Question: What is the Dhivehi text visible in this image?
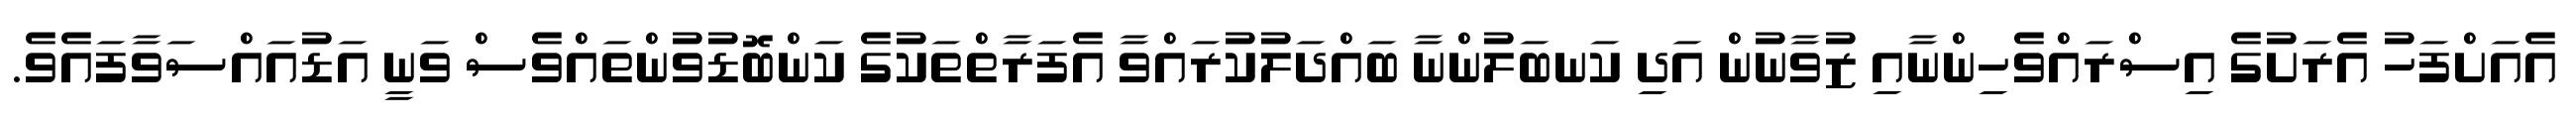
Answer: އެއަށްފަހު އެރަށުގެ އިސްރައްވެހިންނާއި ޒުވާނުން އަދި ކަނބަލުންނާ ބައްދަލުކުރައްވާ އެފަރާތްތަކުގެ ކަންބޮޑުވުންތައްވެސް ވަނީ އަޑުއައްސަވާފައެވެ.